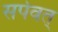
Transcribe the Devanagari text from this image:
सर्पवत्